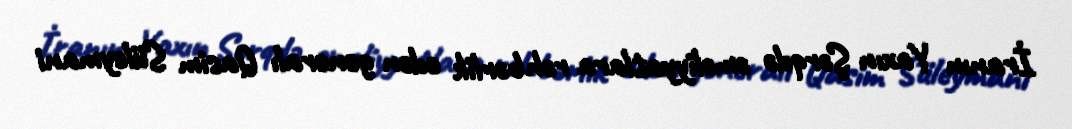
İranın Yaxın Şərqdə əməliyyatlara rəhbərlik edən generalı Qasim Süleymani